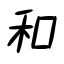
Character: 和